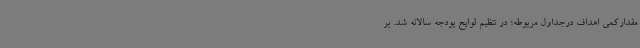
مقدارکمی اهداف درجداول مربوطه؛ در تنظیم لوایح بودجه سالانه شد. بر